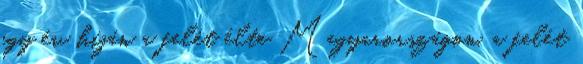
egy év híján a felét élte Magyarországon, a felét